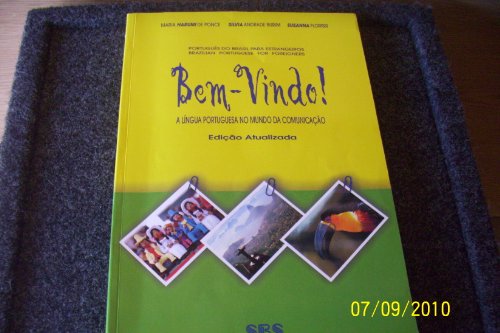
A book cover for Bem-vindo!: Livro Do Aluno (Bem-Vindo! a Lingua Portuguesa No Mundo Da Comunicacao) (Portuguese Edition); Maria Harumi Otuki De Ponce; Reference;